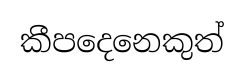
කීපදෙනෙකුත්